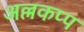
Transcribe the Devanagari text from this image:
अल्लकप्प